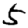
Digit: 5